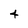
Character: 4